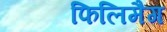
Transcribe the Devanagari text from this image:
फिलिमैग